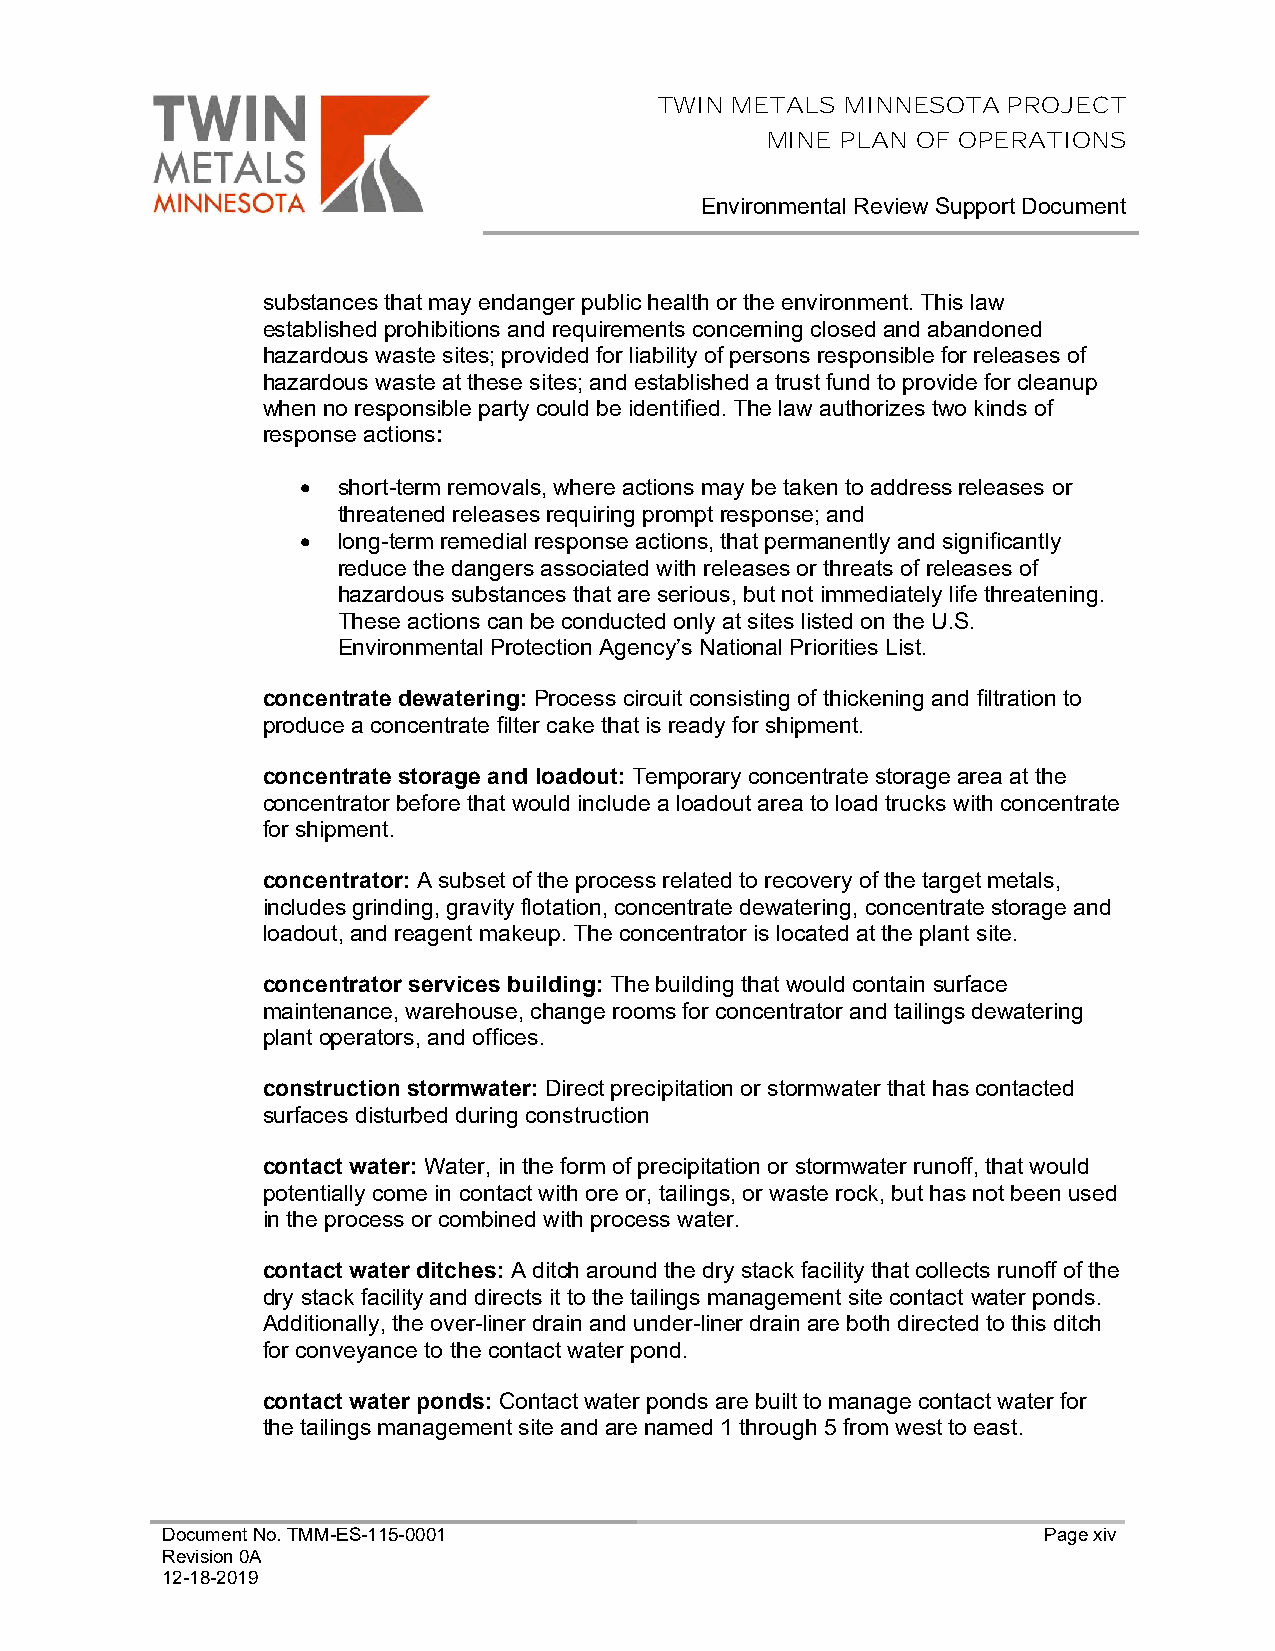
TWIN METALS MINNESOTA  PROJECT
 MINE PLAN OF OPERATIONS
 Environmental Review Support Document
 substances that may endanger public health or the environment. This law
 established prohibitions and requirements concerning closed and abandoned
 hazardous waste sites; provided for liability of persons responsible for releases of
 hazardous waste at these sites; and established a trust fund to provide for cleanup
 when no responsible party could be identified. The law authorizes two kinds of
 response actions:
 • short-term removals, where actions may be taken to address releases or
 threatened releases requiring prompt response; and
 • long-term remedial response actions, that permanently and significantly
 reduce the dangers associated with releases or threats of releases of
 hazardous substances that are serious, but not immediately life threatening.
 These actions can be conducted only at sites listed on the U.S.
 Environmental Protection Agency’s National Priorities List.
 concentrate dewatering: Process circuit consisting of thickening and filtration to
 produce a concentrate filter cake that is ready for shipment.
 concentrate storage and loadout: Temporary concentrate storage area at the
 concentrator before that would include a loadout area to load trucks with concentrate
 for shipment.
 concentrator: A subset of the process related to recovery of the target metals,
 includes grinding, gravity flotation, concentrate dewatering, concentrate storage and
 loadout, and reagent makeup. The concentrator is located at the plant site.
 concentrator services building: The building that would contain surface
 maintenance, warehouse, change rooms for concentrator and tailings dewatering
 plant operators, and offices.
 construction stormwater: Direct precipitation or stormwater that has contacted
 surfaces disturbed during construction
 contact water: Water, in the form of precipitation or stormwater runoff, that would
 potentially come in contact with ore or, tailings, or waste rock, but has not been used
 in the process or combined with process water.
 contact water ditches: A ditch around the dry stack facility that collects runoff of the
 dry stack facility and directs it to the tailings management site contact water ponds.
 Additionally, the over-liner drain and under-liner drain are both directed to this ditch
 for conveyance to the contact water pond.
 contact water ponds: Contact water ponds are built to manage contact water for
 the tailings management site and are named 1 through 5 from west to east.
 Document No. TMM-ES-115-0001                              Page xiv
 Revision 0A
 12-18-2019